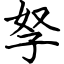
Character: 孥